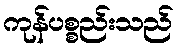
ကုန်ပစ္စည်းသည်